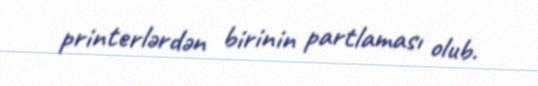
printerlərdən birinin partlaması olub.